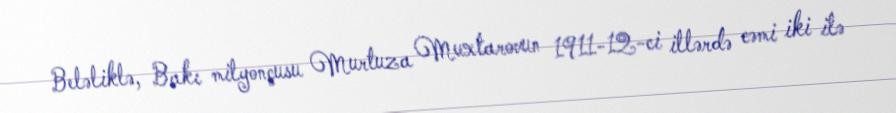
Beləliklə, Bakı milyonçusu Murtuza Muxtarovun 1911-12-ci illərdə cəmi iki ilə